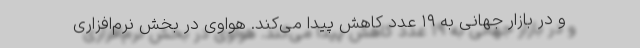
و در بازار جهانی به ۱۹ عدد کاهش پیدا می‌کند. هواوی در بخش نرم‌افزاری